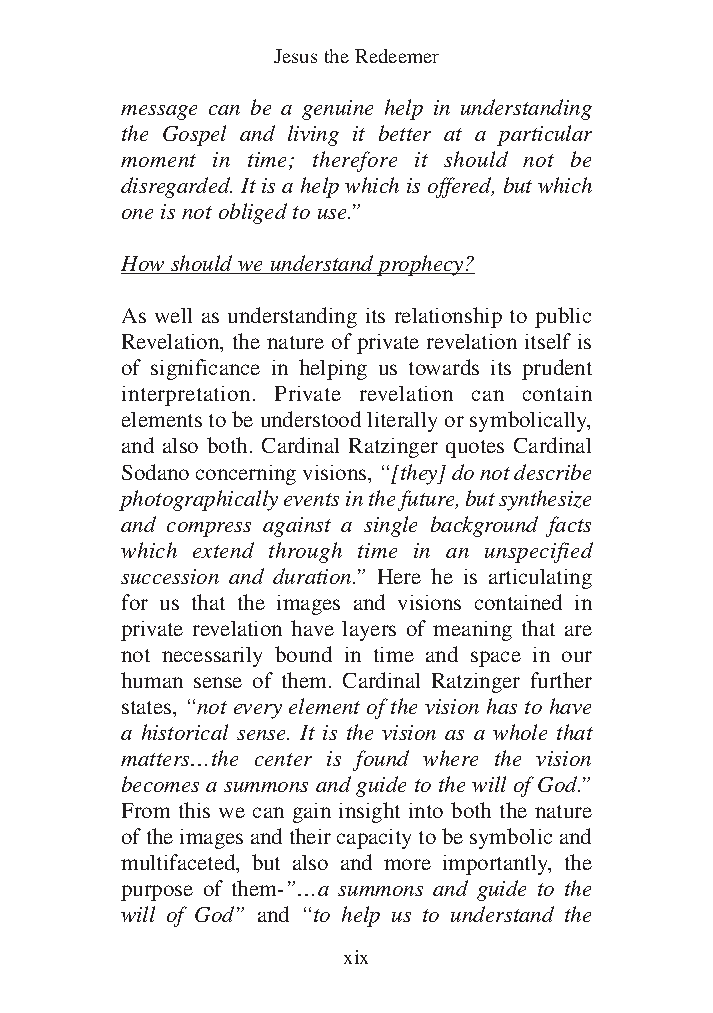
DFOT Vol 5 No App_1 12/3/13 8:54 PM Page xix
 Jesus the Redeemer
 message can be a genuine help in understanding
 the Gospel and living it better at a particular
 moment in time; therefore it should not be
 disregarded. It is a help which is offered, but which
 one is not obliged to use.”
 How should we understand prophecy?
 As well as understanding its relationship to public
 Revelation, the nature of private revelation itself is
 of significance in helping us towards its prudent
 interpretation. Private revelation can contain
 elements to be understood literally or symbolically,
 and also both. Cardinal Ratzinger quotes Cardinal
 Sodano concerning visions, “[they] do not describe
 photographically events in the future, but synthesize
 and compress against a single background facts
 which extend through time in an unspecified
 succession and duration.” Here he is articulating
 for us that the images and visions contained in
 private revelation have layers of meaning that are
 not necessarily bound in time and space in our
 human sense of them. Cardinal Ratzinger further
 states, “not every element of the vision has to have
 a historical sense. It is the vision as a whole that
 matters…the center is found where the vision
 becomes a summons and guide to the will of God.”
 From this we can gain insight into both the nature
 of the images and their capacity to be symbolic and
 multifaceted, but also and more importantly, the
 purpose of them-”…a summons and guide to the
 will of God” and “to help us to understand the
 xix